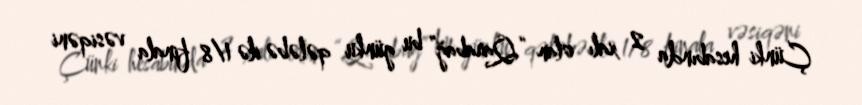
Çünki hesabında 2 xalı olan “Qarabağ” bu günku qələbə ilə 1/8 finala vəsiqəni